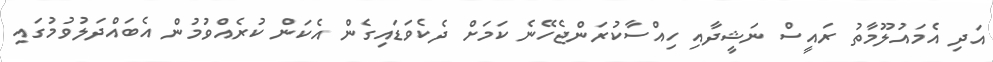
އަދި އެމައުލޫމާތު ރައީސް ނަޝީދާއި ހިއްސާކުރަންޖެހޭނެ ކަމަށް ދެކެވަޑައިގެން އެކަން ކުރެއްވުމުން އެބައްދަލުވުމުގައި